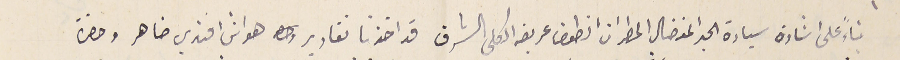
بناءً على اشارة سيادة الحبر المفضال المطران انطون عريضه الكلى الشرف قد اخذنا تقارير هو اني افندي ضاهر وحضرة